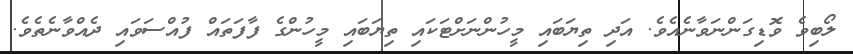
ލޯބިވެ ވޮޑިގަންނަވާނެއެވެ. އަދި ތިޔަބައި މީހުންނަށްޓަކައި ތިޔަބައި މީހުންގެ ފާފަތައް ފުއްސަވައި ދެއްވާނެތެވެ.